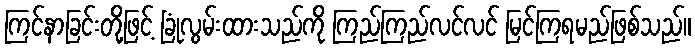
ကြင်နာခြင်းတို့ဖြင့် ခြုံလွမ်းထားသည်ကို ကြည်ကြည်လင်လင် မြင်ကြရမည်ဖြစ်သည်။